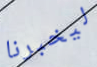
ليخبرنا